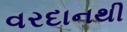
વરદાનથી